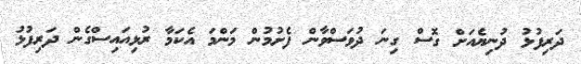
ދަރިފުޅު ދުނިޔެއަށް ގޮސް ގިނަ ދުވަސްވާން ފެށުމުން މަންމަ އެކަމާ ރުޅިއައިސްގެން ދަރިފުޅު